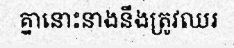
គ្នានោះនាងនឹងត្រូវឈរ